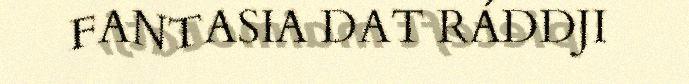
FANTASIA DAT RÁDDJI